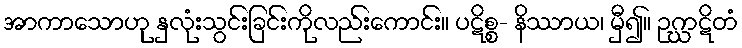
အာကာသောဟု နှလုံးသွင်းခြင်းကိုလည်းကောင်း။ ပဋိစ္စ- နိဿာယ၊ မှီ၍။ ဥဂ္ဃာဋိတံ